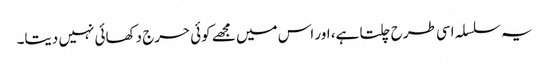
یہ سلسلہ اسی طرح چلتا ہے، اور اس میں مجھے کوئی حرج دکھائی نہیں دیتا۔